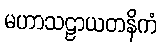
မဟာသဠာယတနိကံ